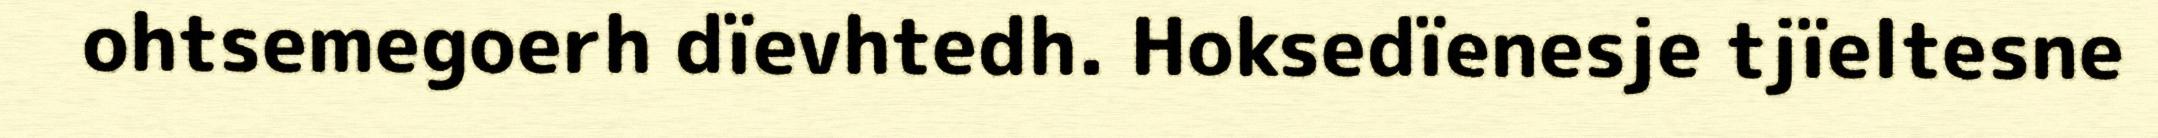
ohtsemegoerh dïevhtedh. Hoksedïenesje tjïeltesne